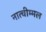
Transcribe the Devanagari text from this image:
नात्चीम्मल